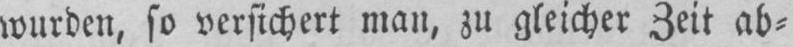
wurden, so versichert man, zu gleicher Zeit ab⸗